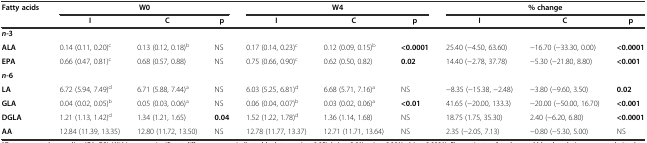
| Fatty acids | <COLSPAN=3> W0 | <COLSPAN=3> W4 | <COLSPAN=3> % change |
 |  | I | C | p | I | C | p | I | C | p |
 | --- | --- | --- | --- | --- | --- | --- | --- | --- | --- |
 | <COLSPAN=10> n-3 |
 | ALA | 0.14 (0.11, 0.20)c | 0.13 (0.12, 0.18)b | NS | 0.17 (0.14, 0.23)c | 0.12 (0.09, 0.15)b | <0.0001 | 25.40 (−4.50, 63.60) | −16.70 (−33.30, 0.00) | <0.0001 |
 | EPA | 0.66 (0.47, 0.81)c | 0.68 (0.57, 0.88) | NS | 0.75 (0.66, 0.90)c | 0.62 (0.50, 0.82) | 0.02 | 14.40 (−2.78, 37.78) | −5.30 (−21.80, 8.80) | <0.001 |
 | <COLSPAN=10> n-6 |
 | LA | 6.72 (5.94, 7.49)d | 6.71 (5.88, 7.44)a | NS | 6.03 (5.25, 6.81)d | 6.68 (5.71, 7.16)a | NS | −8.35 (−15.38, −2.48) | −3.80 (−9.60, 3.50) | 0.02 |
 | GLA | 0.04 (0.02, 0.05)b | 0.05 (0.03, 0.06)a | NS | 0.06 (0.04, 0.07)b | 0.03 (0.02, 0.06)a | <0.01 | 41.65 (−20.00, 133.3) | −20.00 (−50.00, 16.70) | <0.001 |
 | DGLA | 1.21 (1.13, 1.42)d | 1.34 (1.21, 1.65) | 0.04 | 1.52 (1.22, 1.78)d | 1.36 (1.14, 1.68) | NS | 18.75 (1.75, 35.30) | 2.40 (−6.20, 6.80) | <0.0001 |
 | AA | 12.84 (11.39, 13.35) | 12.80 (11.72, 13.50) | NS | 12.78 (11.77, 13.37) | 12.71 (11.71, 13.64) | NS | 2.35 (−2.05, 7.13) | −0.80 (−5.30, 5.00) | NS |